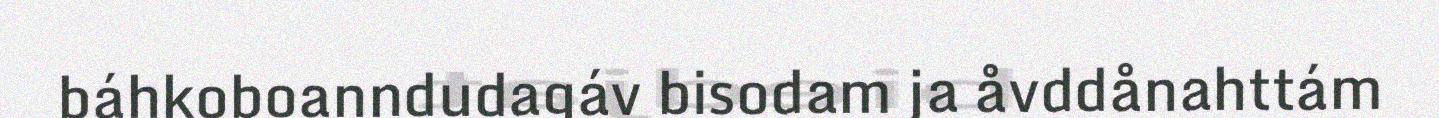
báhkoboanndudagáv bisodam ja åvddånahttám